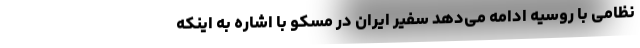
نظامی با روسیه ادامه می‌دهد سفیر ایران در مسکو با اشاره به اینکه